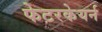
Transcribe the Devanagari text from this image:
फेटरकेयर्न